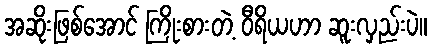
အဆိုးဖြစ်အောင် ကြိုးစားတဲ့ ဝီရိယဟာ ဆူးလှည်းပဲ။